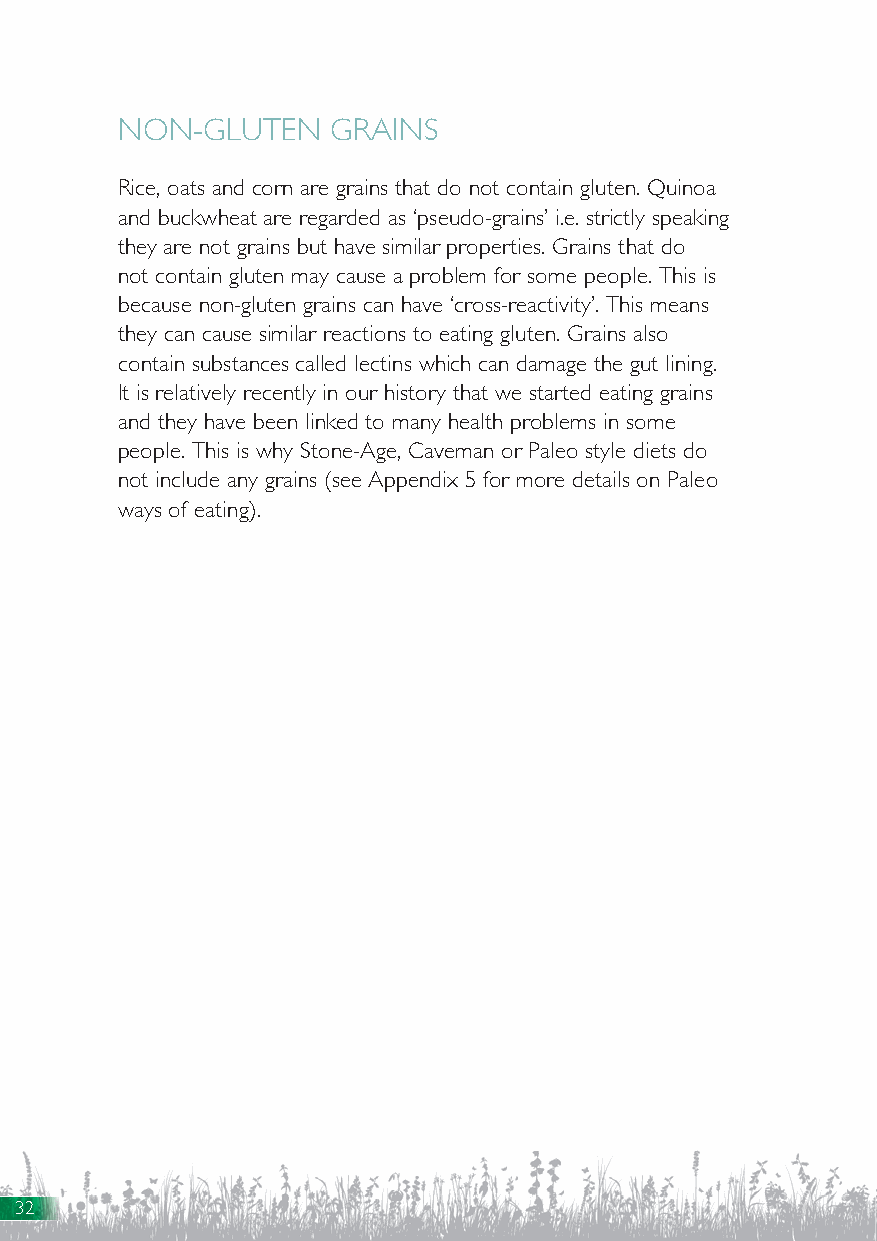
NON-GLUTEN    GRAINS
 Rice, oats and corn are grains that do not contain gluten. Quinoa
 and buckwheat are regarded as ‘pseudo-grains’ i.e. strictly speaking
 they are not grains but have similar properties. Grains that do
 not contain gluten may cause a problem for some people. This is
 because non-gluten grains can have ‘cross-reactivity’. This means
 they can cause similar reactions to eating gluten. Grains also
 contain substances called lectins which can damage the gut lining.
 It is relatively recently in our history that we started eating grains
 and they have been linked to many health problems in some
 people. This is why Stone-Age, Caveman or Paleo style diets do
 not include any grains (see Appendix 5 for more details on Paleo
 ways of eating).
 32